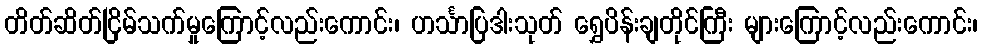
တိတ်ဆိတ်ငြိမ်သက်မှုကြောင့်လည်းကောင်း၊ ဟင်္သာပြဒါးသုတ် ရွှေပိန်းချတိုင်ကြီး များကြောင့်လည်းကောင်း၊